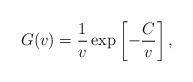
LaTeX: \begin{align*}\begin{aligned}G(v) = \frac{1}{v}\exp\left[-\frac{C}{v}\right],\end{aligned}\end{align*}